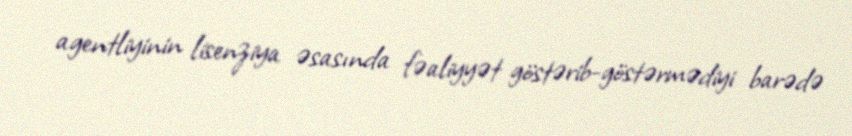
agentliyinin lisenziya əsasında fəaliyyət göstərib-göstərmədiyi barədə